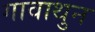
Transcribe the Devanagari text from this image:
गावाथुन